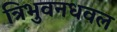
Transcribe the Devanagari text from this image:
त्रिभुवनधवल